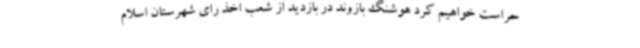
حراست خواهیم کرد هوشنگ بازوند در بازدید از شعب اخذ رای شهرستان اسلام